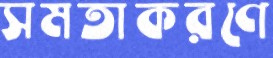
সমতাকরণে